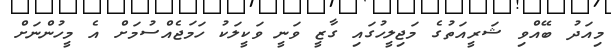
މިއަދު ބޭއްވި ޝަރީއަތުގެ މަޖިލީހުގައި ގާޒީ ވަނީ ވަކީލަކު ހަމަޖެއްސުމަށް އެ މީހުންނަށް